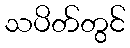
သပိတ်တွင်